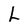
Character: L